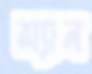
ম্যান